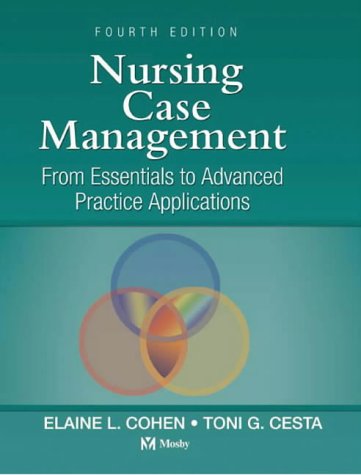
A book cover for Nursing Case Management: From Essentials to Advanced Practice Applications, 4e (Nursing Case Management: From Essentials to Adv Prac App (Co); Elaine L. Cohen; Medical Books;